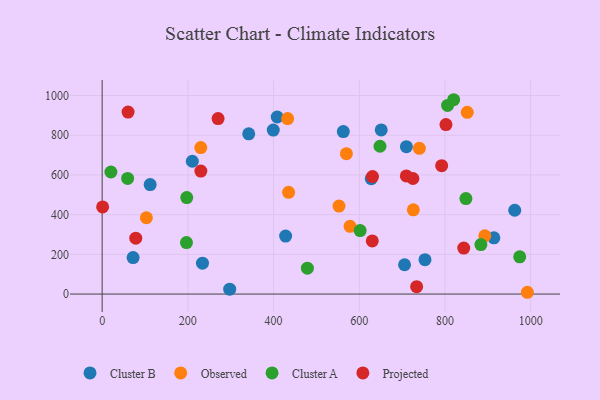
{"axis": {"x": "Ad Spend", "y": "Profit"}, "legend": ["Cluster A", "Cluster B", "Observed", "Projected"], "data": [{"x": "428.1", "y": 291.9, "type": "Cluster B"}, {"x": "914.0", "y": 283.4, "type": "Cluster B"}, {"x": "234.1", "y": 155.4, "type": "Cluster B"}, {"x": "72.2", "y": 183.9, "type": "Cluster B"}, {"x": "562.7", "y": 818.6, "type": "Cluster B"}, {"x": "753.3", "y": 173.3, "type": "Cluster B"}, {"x": "408.5", "y": 891.7, "type": "Cluster B"}, {"x": "962.7", "y": 422.2, "type": "Cluster B"}, {"x": "297.6", "y": 24.8, "type": "Cluster B"}, {"x": "627.9", "y": 581.2, "type": "Cluster B"}, {"x": "651.2", "y": 826.6, "type": "Cluster B"}, {"x": "112.0", "y": 551.2, "type": "Cluster B"}, {"x": "709.9", "y": 742.3, "type": "Cluster B"}, {"x": "705.6", "y": 147.7, "type": "Cluster B"}, {"x": "399.3", "y": 825.7, "type": "Cluster B"}, {"x": "342.0", "y": 807.0, "type": "Cluster B"}, {"x": "210.4", "y": 668.8, "type": "Cluster B"}, {"x": "740.1", "y": 734.1, "type": "Observed"}, {"x": "992.2", "y": 9.0, "type": "Observed"}, {"x": "578.5", "y": 341.0, "type": "Observed"}, {"x": "432.8", "y": 883.7, "type": "Observed"}, {"x": "726.1", "y": 424.3, "type": "Observed"}, {"x": "892.9", "y": 293.2, "type": "Observed"}, {"x": "435.0", "y": 512.6, "type": "Observed"}, {"x": "851.9", "y": 915.2, "type": "Observed"}, {"x": "569.9", "y": 707.1, "type": "Observed"}, {"x": "552.7", "y": 443.2, "type": "Observed"}, {"x": "230.1", "y": 737.6, "type": "Observed"}, {"x": "103.2", "y": 384.3, "type": "Observed"}, {"x": "196.7", "y": 259.2, "type": "Cluster A"}, {"x": "974.3", "y": 187.6, "type": "Cluster A"}, {"x": "478.9", "y": 130.3, "type": "Cluster A"}, {"x": "602.0", "y": 319.6, "type": "Cluster A"}, {"x": "197.4", "y": 486.0, "type": "Cluster A"}, {"x": "648.3", "y": 744.5, "type": "Cluster A"}, {"x": "883.7", "y": 249.0, "type": "Cluster A"}, {"x": "59.4", "y": 582.3, "type": "Cluster A"}, {"x": "820.2", "y": 978.8, "type": "Cluster A"}, {"x": "848.8", "y": 480.9, "type": "Cluster A"}, {"x": "20.4", "y": 614.9, "type": "Cluster A"}, {"x": "806.0", "y": 950.2, "type": "Cluster A"}, {"x": "630.3", "y": 267.7, "type": "Projected"}, {"x": "733.8", "y": 37.4, "type": "Projected"}, {"x": "230.3", "y": 619.6, "type": "Projected"}, {"x": "270.5", "y": 883.7, "type": "Projected"}, {"x": "709.7", "y": 594.8, "type": "Projected"}, {"x": "78.4", "y": 281.4, "type": "Projected"}, {"x": "792.2", "y": 646.8, "type": "Projected"}, {"x": "1.1", "y": 438.9, "type": "Projected"}, {"x": "60.5", "y": 916.5, "type": "Projected"}, {"x": "725.1", "y": 582.0, "type": "Projected"}, {"x": "843.7", "y": 231.4, "type": "Projected"}, {"x": "802.2", "y": 853.7, "type": "Projected"}, {"x": "630.8", "y": 591.5, "type": "Projected"}]}